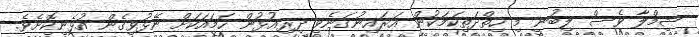
ޝިމްލާ ވެސް ލިބުނީ މި ހިތްދަތިކަމަކުން އަރައިނުގަނެވި ދިރިއުޅުން ހަމައަކަށް ނޭޅުވިގެން އުޅެނިކޮށެވެ.